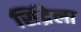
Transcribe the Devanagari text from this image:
सिंद्रेला